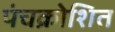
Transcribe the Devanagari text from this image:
पंचक्रोशित